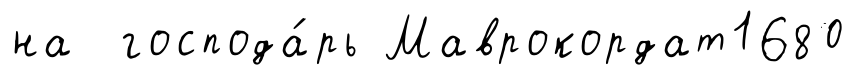
на господа́рь Маврокордат1680